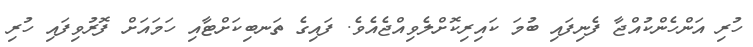
ހުރި އަންހެންކުއްޖާ ފެނިފައި ބުމަ ކައިރިކޮށްލެވިއްޖެއެވެ. ފައިގެ ތަނބިކަށްޓާއި ހަމައަށް ފޮރުވިފައި ހުރި